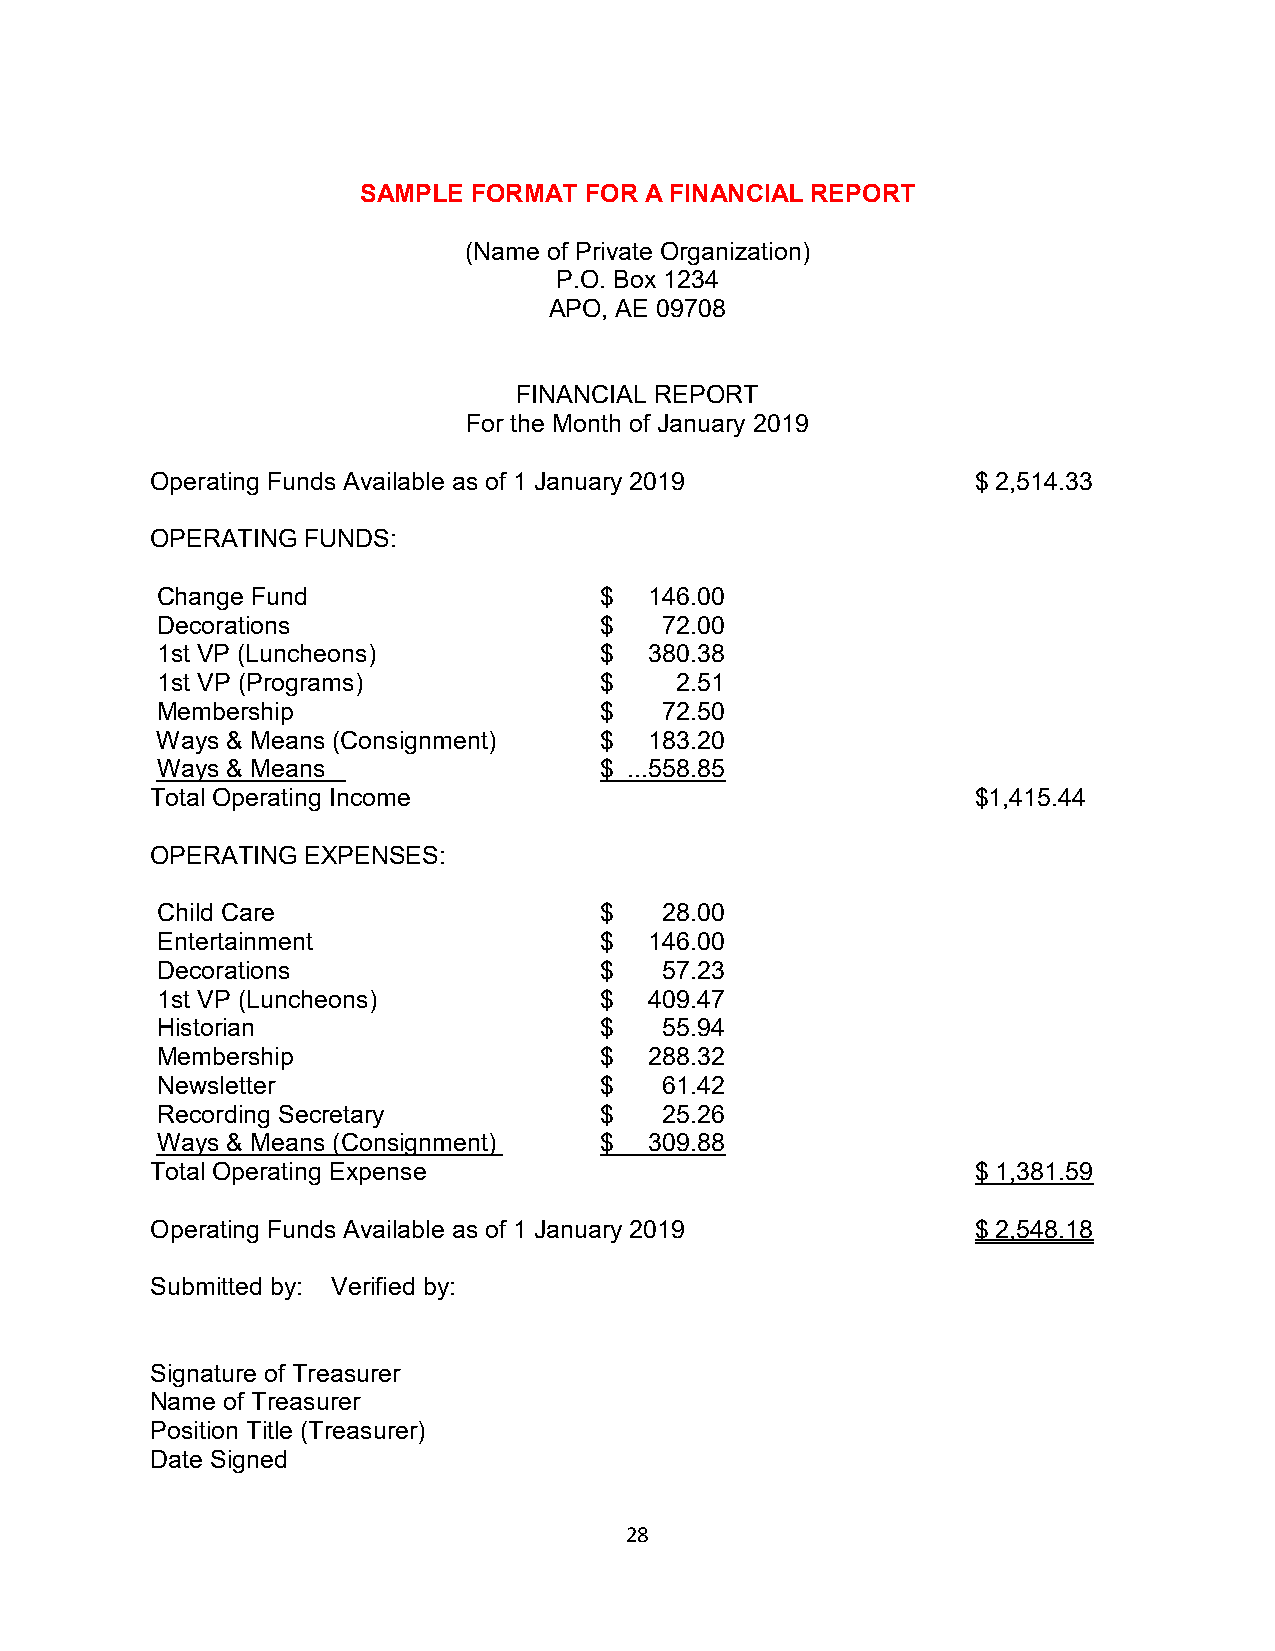
SAMPLE FORMAT  FOR A FINANCIAL REPORT
 (Name of Private Organization)
 P.O. Box 1234
 APO, AE 09708
 FINANCIAL REPORT
 For the Month of January 2019
 Operating Funds Available as of 1 January 2019         $ 2,514.33
 OPERATING FUNDS:
 Change Fund                   $  146.00
 Decorations                   $   72.00
 1st VP (Luncheons)            $  380.38
 1st VP (Programs)             $    2.51
 Membership                    $   72.50
 Ways & Means (Consignment)    $  183.20
 Ways & Means                  $ ...558.85
 Total Operating Income                                 $1,415.44
 OPERATING EXPENSES:
 Child Care                    $   28.00
 Entertainment                 $  146.00
 Decorations                   $   57.23
 1st VP (Luncheons)            $  409.47
 Historian                     $   55.94
 Membership                    $  288.32
 Newsletter                    $   61.42
 Recording Secretary           $   25.26
 Ways & Means (Consignment)    $  309.88
 Total Operating Expense                                $ 1,381.59
 Operating Funds Available as of 1 January 2019         $ 2,548.18
 Submitted by: Verified by:
 Signature of Treasurer
 Name of Treasurer
 Position Title (Treasurer)
 Date Signed
 28